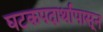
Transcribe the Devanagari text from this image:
घटकपदार्थापासून